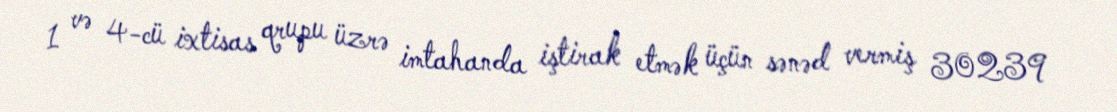
1 və 4-cü ixtisas qrupu üzrə imtahanda iştirak etmək üçün sənəd vermiş 30239